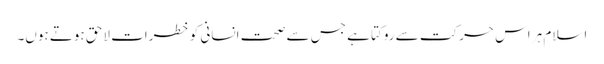
اسلام ہر اس حرکت سے روکتا ہے جس سے صحت انسانی کو خطرات لاحق ہوتے ہوں۔